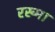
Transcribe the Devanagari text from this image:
रख्मा